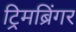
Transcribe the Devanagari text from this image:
ट्रिमब्रिंगर